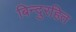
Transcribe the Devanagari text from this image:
बिन्दुरहित